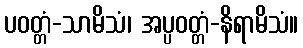
ပဝတ္တံ-သာမိသံ၊ အပ္ပဝတ္တံ-နိရာမိသံ။